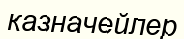
казначейлер